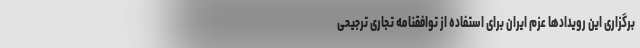
برگزاری این رویدادها عزم ایران برای استفاده از توافقنامه تجاری ترجیحی